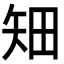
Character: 𥎴